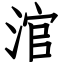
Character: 涫